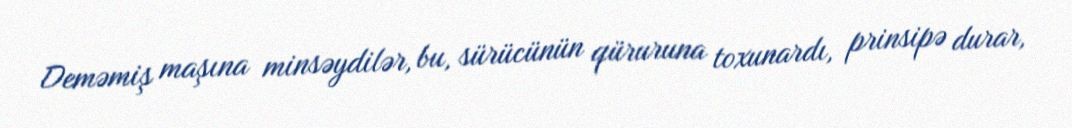
Deməmiş maşına minsəydilər, bu, sürücünün qüruruna toxunardı, prinsipə durar,